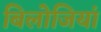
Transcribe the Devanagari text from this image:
बिलोजियां